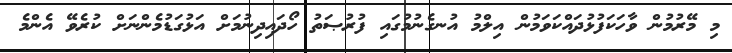
މި މޭރުމުން ވާހަކަފުޅުދައްކަވަމުން އިލްމު އުނގެނުމުގައި ފުރުޞަތު ހޯދައިދިނުމަށް އަޅުގަޑުމެންނަށް ކުރެވޭ އެންމެ